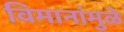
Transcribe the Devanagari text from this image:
विमानांमुळे